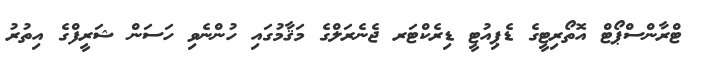
ޓްރާންސްޕޯޓް އޮތޯރިޓީގެ ޑެޕިއުޓީ ޑިރެކްޓަރ ޖެނެރަލްގެ މަޤާމުގައި ހުންނެވި ހަސަން ޝަރީފްގެ އިތުރު